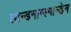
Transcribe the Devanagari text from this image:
लान्डनाम्स्मान्डेन